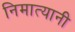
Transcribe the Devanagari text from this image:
निमात्यानी